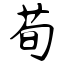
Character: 荀